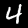
Label: 4